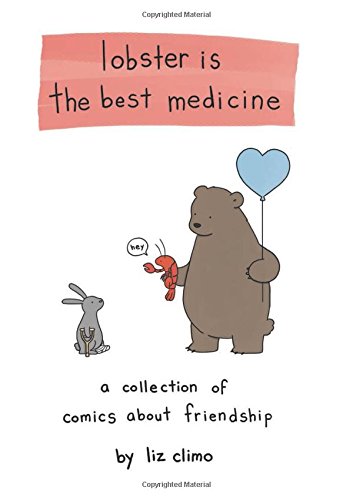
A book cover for Lobster Is the Best Medicine: A Collection of Comics About Friendship; Liz Climo; Comics & Graphic Novels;